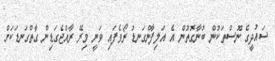
ސައުދީގެ ނޫސްތަކުން ބުނާގޮތުން އެ އަލިފާންގަނޑު ރޯވެފައި ވަނީ މިރޭ ރާއްޖެގަޑިން ގާތްގަނޑަކަށް